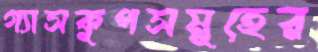
গ্যাসকূপসমূহের